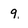
Character: 9